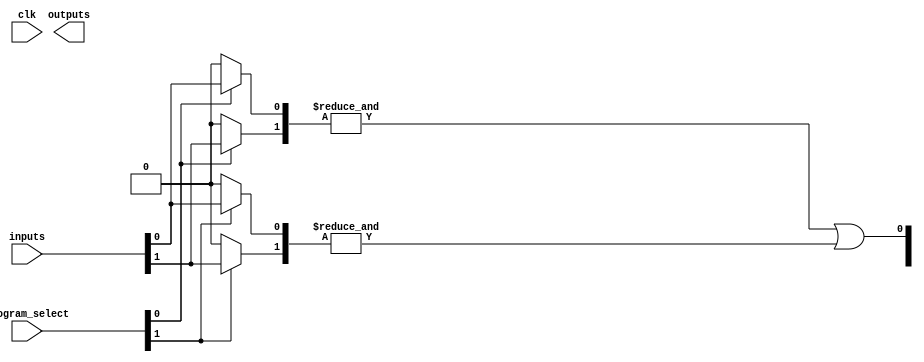
module FusedPAL (
    input wire [N-1:0] inputs,         // Input lines
    input wire [M-1:0] program_select, // Programming select signals
    input wire clk,                     // Clock signal
    output wire [P-1:0] outputs         // Output lines
);
    parameter N = 8; // Number of input lines
    parameter M = 4; // Number of AND gates
    parameter P = 2; // Number of OR gates
    parameter K = 2; // Fixed inputs per AND gate

    // Programmable AND array
    wire [M-1:0] and_out [K-1:0]; // Outputs from each AND gate

    // Programming logic for AND gates
    genvar i, j;
    generate
        for (i = 0; i < M; i = i + 1) begin : and_gates
            wire [K-1:0] and_inputs;
            for (j = 0; j < K; j = j + 1) begin : and_inputs_gen
                assign and_inputs[j] = program_select[i] ? inputs[j] : 1'b0; // Programmable connections
            end
            assign and_out[i] = &and_inputs; // AND operation
        end
    endgenerate

    // Fixed OR array
    wire [P-1:0] or_out; // Outputs from OR gates

    assign or_out[0] = and_out[0] | and_out[1]; // Fixed connections
    assign or_out[1] = and_out[2] | and_out[3]; // Fixed connections

    // Output logic
    assign outputs = or_out;

endmodule